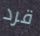
قرد